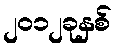
၂၀၁၂ခုနှစ်